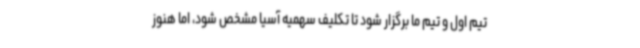
تیم اول و تیم ما برگزار شود تا تکلیف سهمیه آسیا مشخص شود، اما هنوز